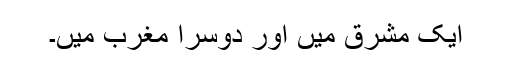
ایک مشرق میں اور دوسرا مغرب میں۔